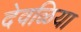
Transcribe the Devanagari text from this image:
देवळिया